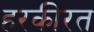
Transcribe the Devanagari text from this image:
हरकीरत